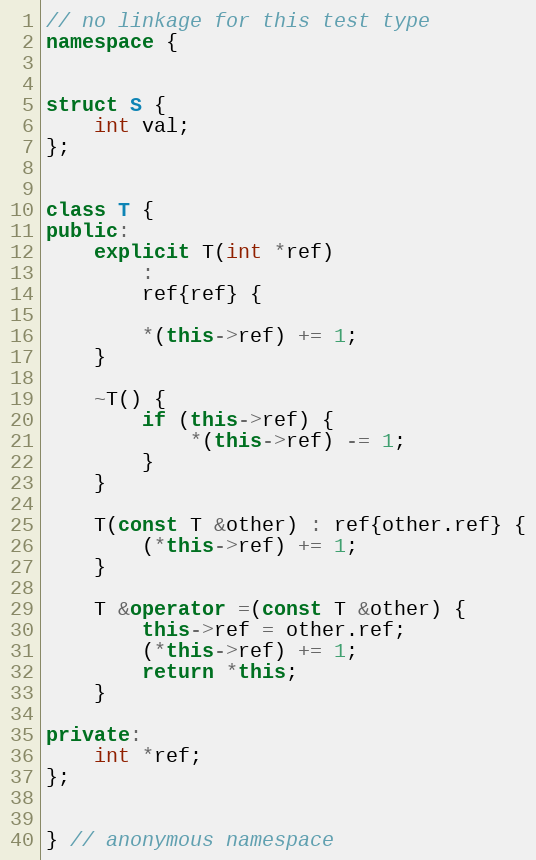
Language: C++
// no linkage for this test type
namespace {

struct S {
	int val;
};

class T {
public:
	explicit T(int *ref)
		:
		ref{ref} {

		*(this->ref) += 1;
	}

	~T() {
		if (this->ref) {
			*(this->ref) -= 1;
		}
	}

	T(const T &other) : ref{other.ref} {
		(*this->ref) += 1;
	}

	T &operator =(const T &other) {
		this->ref = other.ref;
		(*this->ref) += 1;
		return *this;
	}

private:
	int *ref;
};

} // anonymous namespace